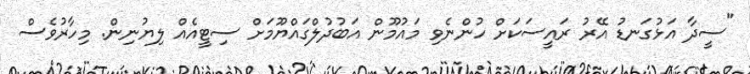
"ސީދާ އަޅުގަނޑު އޭރު ރައީސަކަށް ހުންނެވި މައުމޫން އަބުދުލްގައްޔޫމަށް ސިޓީއެއް ލިޔުނިން. މިހާރުވެސް